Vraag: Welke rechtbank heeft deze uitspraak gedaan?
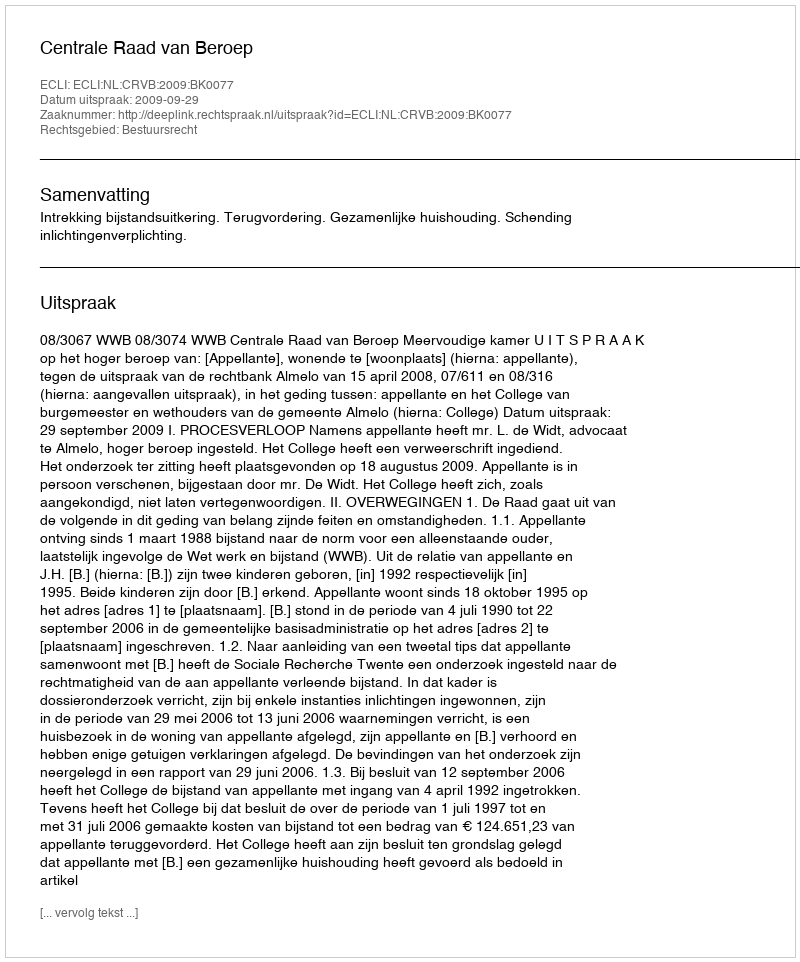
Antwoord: Centrale Raad van Beroep